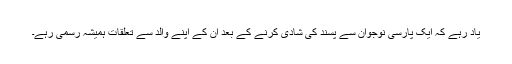
یاد رہے کہ ایک پارسی نوجوان سے پسند کی شادی کرنے کے بعد ان کے اپنے والد سے تعلقات ہمیشہ رسمی رہے۔